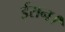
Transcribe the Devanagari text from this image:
ईरान।